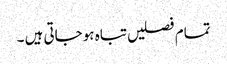
تمام فصلیں تباہ ہو جاتی ہیں ۔